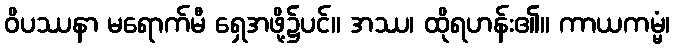
ဝိပဿနာ မရောက်မီ ရှေအဖို့၌ပင်။ အဿ၊ ထိုရဟန်း၏။ ကာယကမ္မံ၊